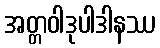
အတ္တဝါဒုပါဒါနဿ